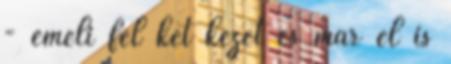
- emeli fel két kezét és már el is